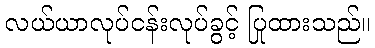
လယ်ယာလုပ်ငန်းလုပ်ခွင့် ပြုထားသည်။